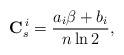
LaTeX: \begin{align*}\mathbf C_s^{\,i} =\frac{a_i\beta+b_i}{n \ln 2},\end{align*}